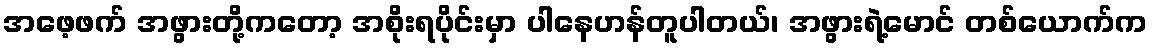
အဖေ့ဖက် အဖွားတို့ကတော့ အစိုးရပိုင်းမှာ ပါနေဟန်တူပါတယ်၊ အဖွားရဲ့မောင် တစ်ယောက်က